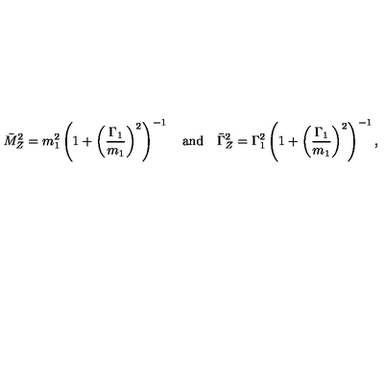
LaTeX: \bar { M } _ { Z } ^ { 2 } = m _ { 1 } ^ { 2 } \left( 1 + \left( \frac { \Gamma _ { 1 } } { m _ { 1 } } \right) ^ { 2 } \right) ^ { - 1 } \quad \mathrm { a n d } \quad \bar { \Gamma } _ { Z } ^ { 2 } = \Gamma _ { 1 } ^ { 2 } \left( 1 + \left( \frac { \Gamma _ { 1 } } { m _ { 1 } } \right) ^ { 2 } \right) ^ { - 1 } ,